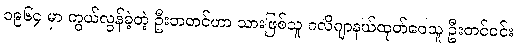
၁၉၆၄ မှာ ကွယ်လွန်ခဲ့တဲ့ ဦးဘတင်ဟာ သားဖြစ်သူ ဂလိဂျာနယ်ထုတ်ဝေသူ ဦးတင်ဝင်း